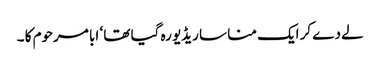
لے دے کر ایک منا سا ریڈیو رہ گیا تھا ‘ ابا مرحوم کا ۔